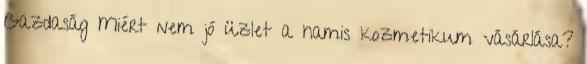
Gazdaság Miért nem jó üzlet a hamis kozmetikum vásárlása?